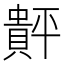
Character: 𲂴